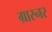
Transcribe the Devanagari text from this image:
ग्रास्नर